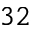
3 2